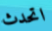
اتحدث